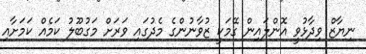
ނިޔާޒް ވިދާޅުވީ އޮންލައިން ގޭމަކީ ޒުވާނުންގެ މެދުގައި ވަރަށް މަގުބޫލު ކަމެއް ކަމަށާއި